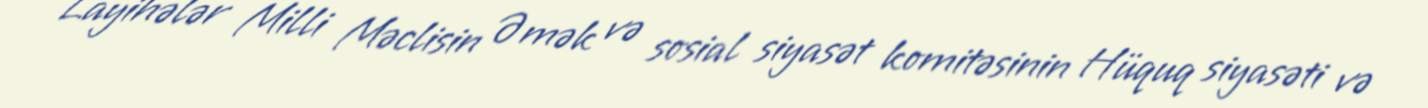
Layihələr Milli Məclisin Əmək və sosial siyasət komitəsinin Hüquq siyasəti və